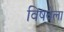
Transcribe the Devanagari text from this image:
विषवेला